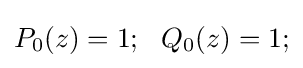
P_{0}(z)=1;~~Q_{0}(z)=1;